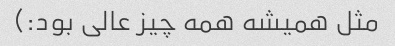
مثل همیشه همه چیز عالی بود:)